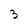
Character: 3